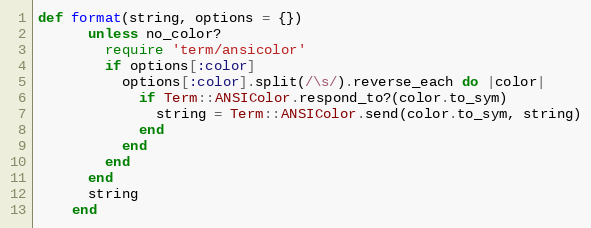
Language: Ruby
def format(string, options = {})
      unless no_color?
        require 'term/ansicolor'
        if options[:color]
          options[:color].split(/\s/).reverse_each do |color|
            if Term::ANSIColor.respond_to?(color.to_sym)
              string = Term::ANSIColor.send(color.to_sym, string)
            end
          end
        end
      end
      string
    end